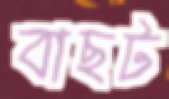
বাছট